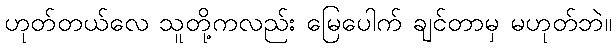
ဟုတ်တယ်လေ သူတို့ကလည်း မြေပေါက် ချင်တာမှ မဟုတ်ဘဲ။